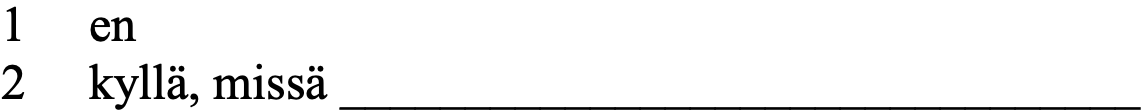
1  en 2  kyllä, missä ________________________________